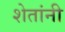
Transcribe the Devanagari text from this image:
शेतांनी